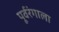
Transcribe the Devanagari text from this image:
पूर्वरंगाला